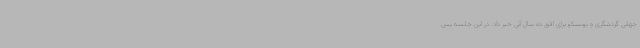
جهانی گردشگری و یونسکو برای افق ده سال آتی خبر داد. در این جلسه پس